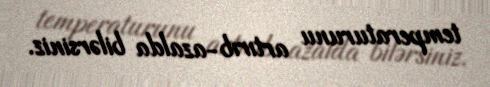
temperaturunu artırıb-azalda bilərsiniz.